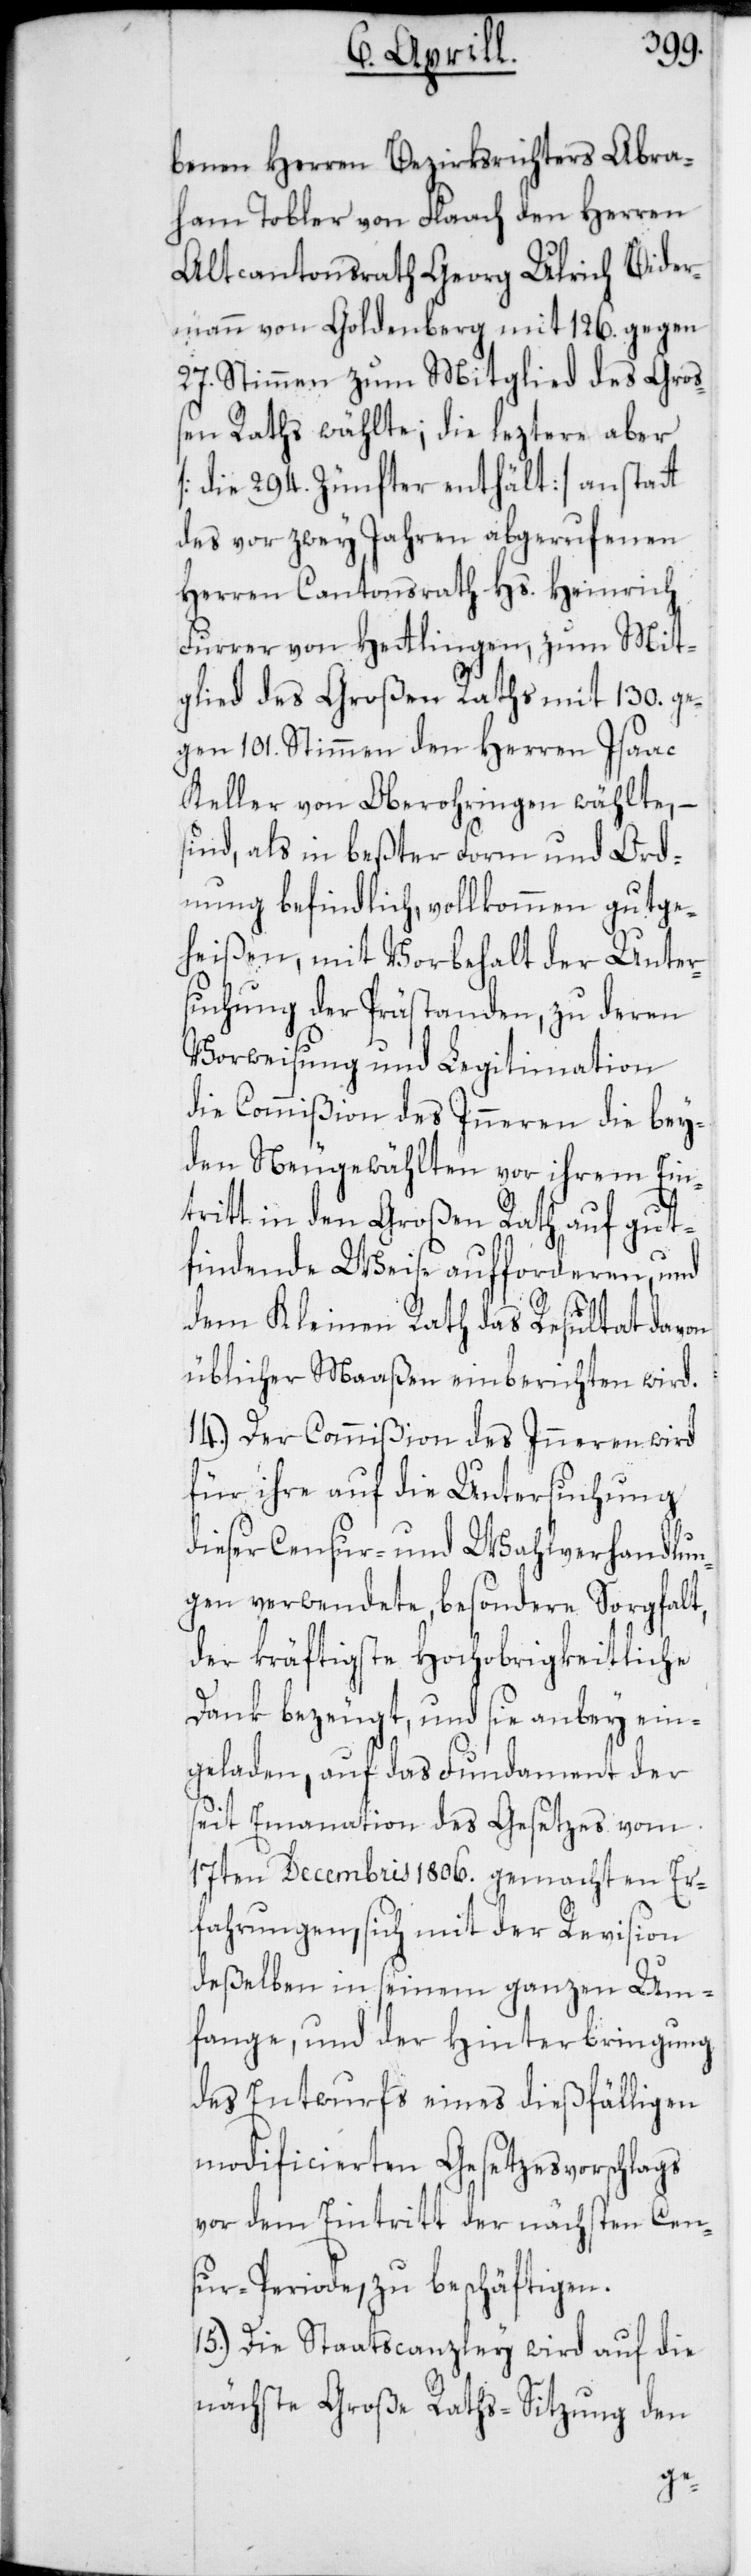
benen Herren Bezirksrichters Abra¬
ham Tobler von Flaach den Herren
Altcantonsrath Georg Ulrich Bider¬
mann von Goldenberg mit 126. gegen
27. Stimmen zum Mitglied des Groß¬
en Raths wählte; die leztere aber
[die 294. Zünfter enthält] anstatt
des vor zwey Jahren abgerufenen
Herren Cantonsrath Hs. Heinrich
Furrer von Hetlingen, zum Mit¬
glied des Großen Raths mit 130. ge¬
gen 101. Stimmen den Herren Isaac
Keller von Oberohringen wählte, –
sind als in beßter Form und Ord¬
nung befindlich, vollkommen gutge¬
heißen, mit Vorbehalt der Unter¬
suchung der Prästanden, zu deren
Vorweisung und Legitimation
die Commißion des Inneren die bey¬
den Neugewählten vor ihrem Ein¬
tritt in den Großen Rath auf gut¬
findende Weise aufforderen, und
dem Kleinen Rath das Resultat davon
üblicher Maaßen einberichten wird.
14.) Der Commißion des Inneren wird
für ihre auf die Untersuchung
dieser Censur- und Wahlverhandlun¬
gen verwendete, besondere Sorgfalt,
der kräftigste Hochobrigkeitliche
Dank bezeugt, und sie anbey ein¬
geladen, auf das Fundament der
seit Emanation des Gesetzes vom
17ten Decembris 1806. gemachten Er¬
fahrungen, sich mit der Revision
deßelben in seinem ganzen Um¬
fange, und der Hinterbringung
des Entwurfs eines dießfälligen
modificierten Gesetzesvorschlags
vor dem Eintritt der nächsten Cen¬
sur-Periode zu beschäftigen.
15.) Die Staatscanzley wird auf die
nächste Große Raths-Sitzung den